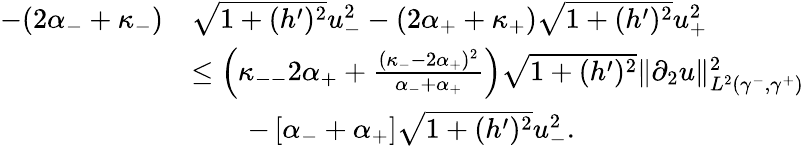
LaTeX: \begin{array}{rl}{-(2\alpha_{-}+\kappa_{-})}&{\sqrt{1+(h^{\prime})^{2}}u_{-}^{2}-(2\alpha_{+}+\kappa_{+})\sqrt{1+(h^{\prime})^{2}}u_{+}^{2}}\\ &{\leq\left(\kappa_{--}2\alpha_{+}+\frac{(\kappa_{-}-2\alpha_{+})^{2}}{\alpha_{-}+\alpha_{+}}\right)\sqrt{1+(h^{\prime})^{2}}\| \partial_{2}u\| _{L^{2}(\gamma^{-},\gamma^{+})}^{2}}\\ &{\qquad-\left[\alpha_{-}+\alpha_{+}\right]\sqrt{1+(h^{\prime})^{2}}u_{-}^{2}.}\end{array}